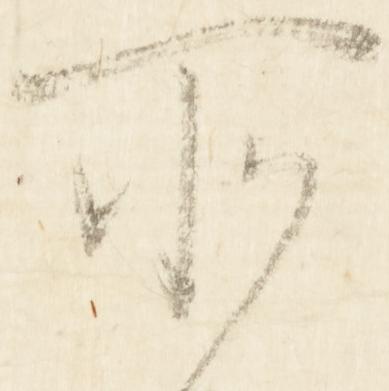
所